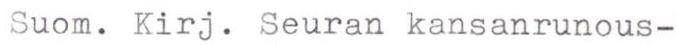
Suom. Kirj. Seuran kansanrunous-